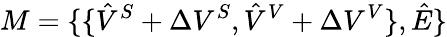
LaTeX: M=\{ \{ \hat{V}^{S}+\Delta V^{S},\hat{V}^{V}+\Delta V^{V}\} ,\hat{E}\}